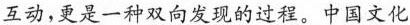
互动，更是一种双向发现的过程。中国文化